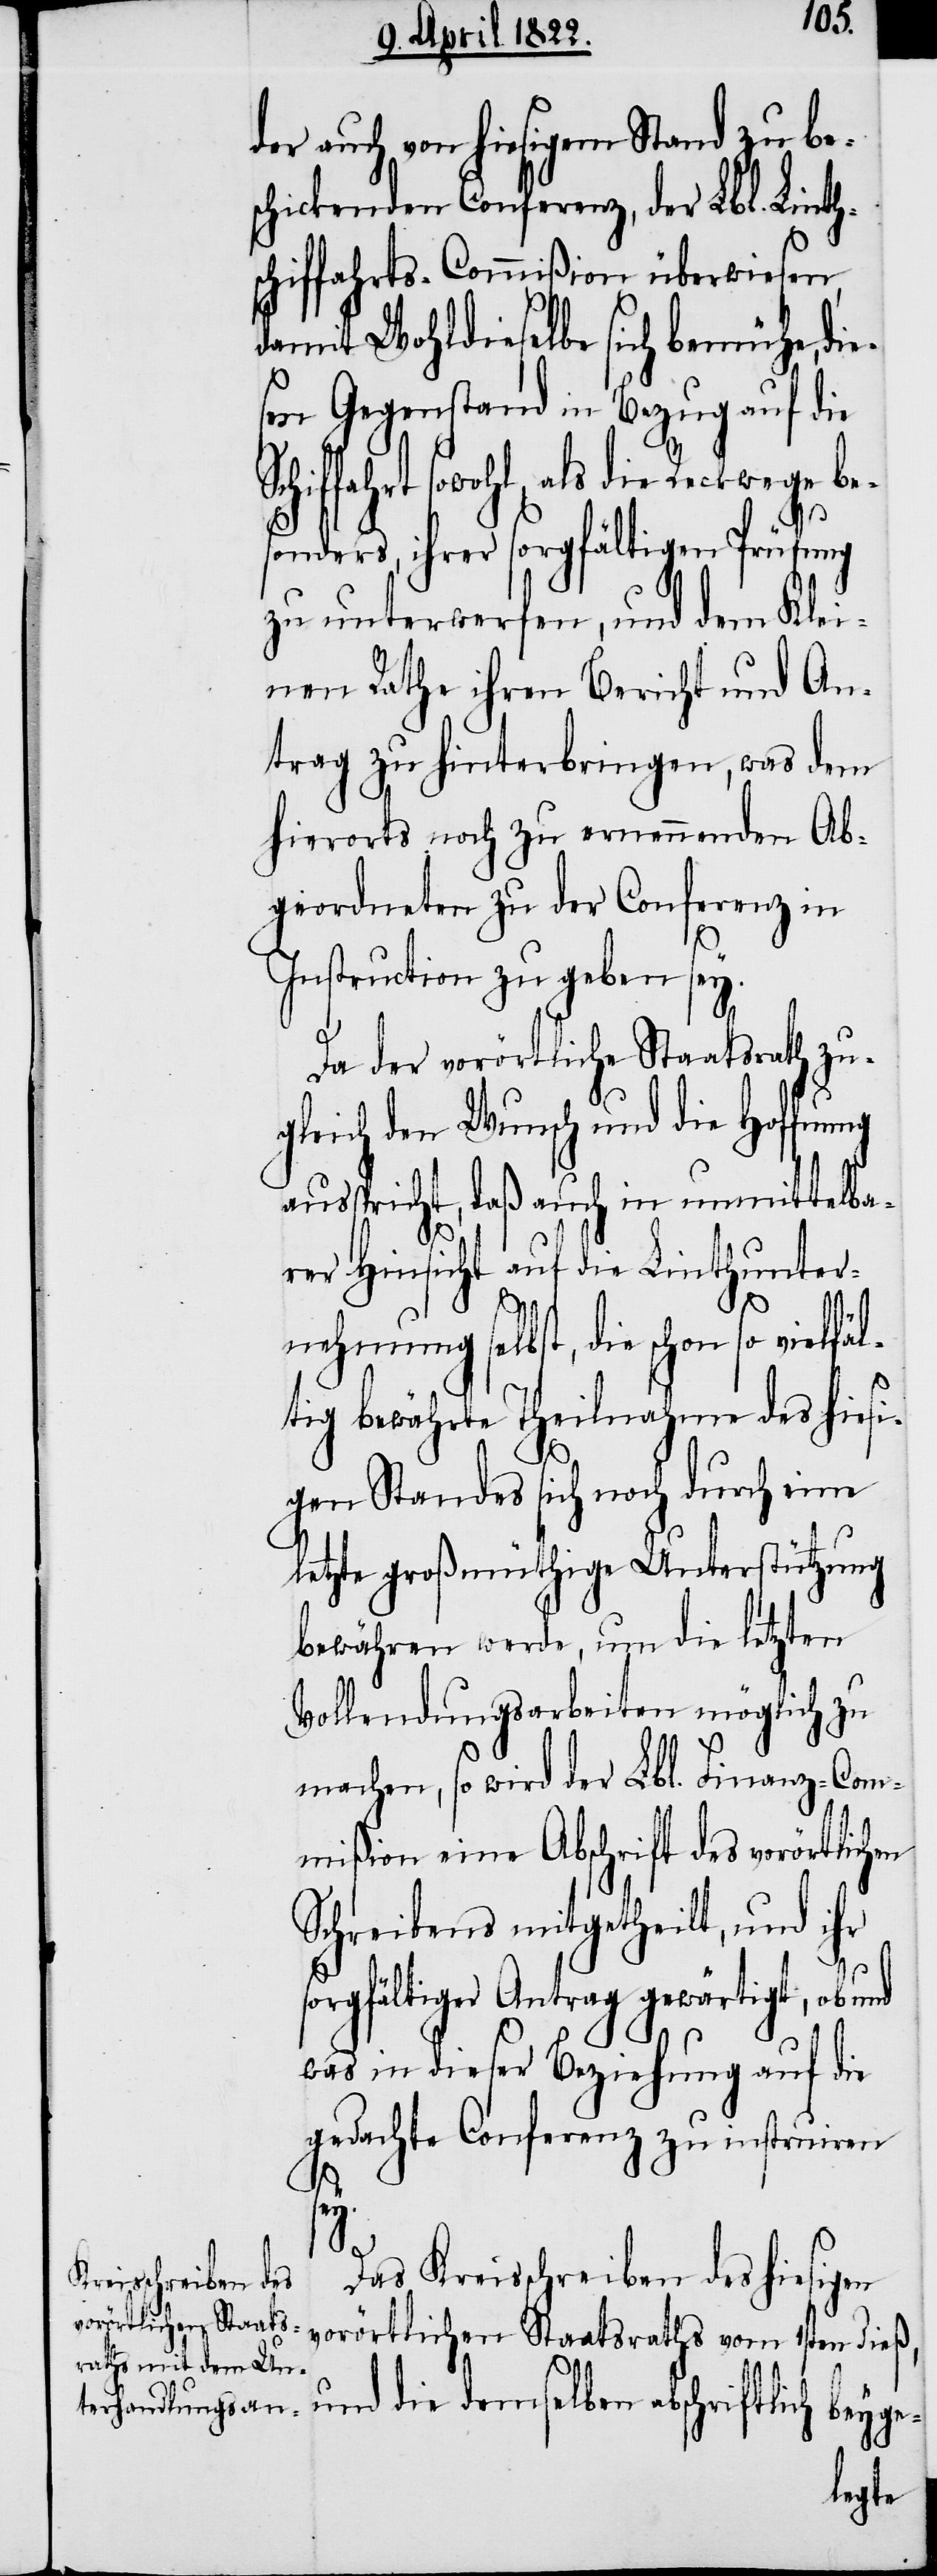
e¬
der auch von hiesigem Stand zu be¬
schickenden Conferenz, der Lbl. Linth¬
schiffahrts-Commißion überwiesen,
damit Wohldieselbe sich bemühe, di¬
sen Gegenstand in Bezug auf die
srathes vom 1sten dieß,
ihrer sorgfältigen Prüfung
zu unterwerfen, und dem Klei¬
nen Rathe ihren Bericht und An¬
trag zu hinterbringen, was dem
hierorts noch zu ernennenden Ab¬
geordneten zu der Conferenz in
Instruction zu geben sey.
Da der vorörtliche Staatsrath zu¬
gleich den Wunsch und die Hoffnung
ausspricht, daß auch in unmittelba¬
rer Hinsicht auf die Linthunter¬
nehmung selbst, die schon so vielfä¬
e-
ltig bewährte Theilnahme des hiesi¬
gen Standes sich noch durch eine
letzte großmüthige Unterstützung
bewähren werde, um die letzten
Vollendungsarbeiten möglich zu
machen, so wird der Lbl. Finanz-Com¬
mißion eine Abschrift des vorörtlichen
Schreibens mitgetheilt, und ihr
orgfältiger Antrag gewärtigt, ob
was in dieser Beziehung auf die
gedachte Conferenz zu instruiren
Das Kreisschreiben des hiesigen
und die demselben abschriftlich beyg¬